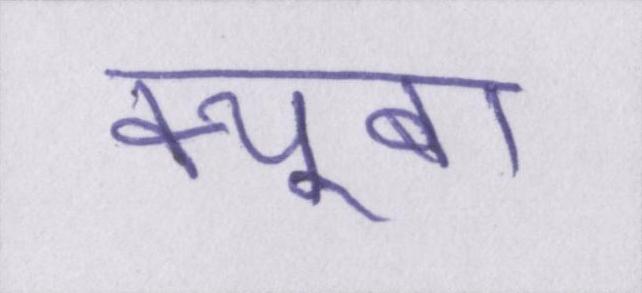
क्यूबा